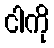
ငါကို